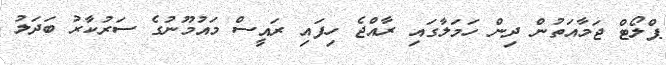
ޕްލޯޓް ޖަމާއަތުން ދިން ހަމަލާގައި ރާއްޖެ ހިފައި ރައީސް މައުމޫނުގެ ސަރުކާރު ބަދަލު